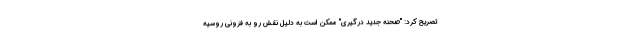
تصریح کرد: "صحنه جدید درگیری"‌ ممکن است به دلیل نقش رو به فزونی روسیه